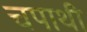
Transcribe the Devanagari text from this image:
चपाथी